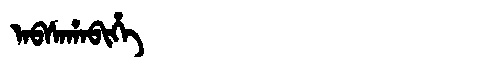
Manchu: ᠠᠪᠰᠠᡥᠠᠪᡳᡥᡝ
Romanization: ABSAHABIHE